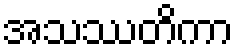
အသဿတိကာ